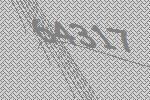
64317